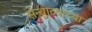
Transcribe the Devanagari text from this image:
सेन्धाव्याच्या